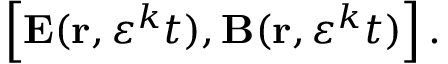
\left[ \mathbf { E } ( \mathbf { r } , \varepsilon ^ { k } t ) , \mathbf { B } ( \mathbf { r } , \varepsilon ^ { k } t ) \right] .